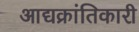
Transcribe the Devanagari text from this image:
आद्यक्रांतिकारी